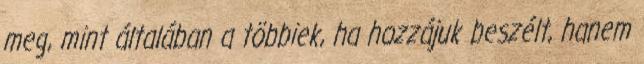
meg, mint általában a többiek, ha hozzájuk beszélt, hanem